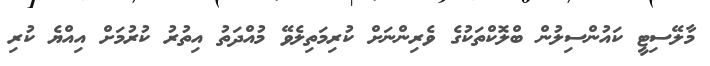
މާލޭސިޓީ ކައުންސިލުން ބްލޮކްތަކުގެ ވެރިންނަށް ކުރިމަތިލެވޭ މުއްދަތު އިތުރު ކުރުމަށް އިއްޔެ ކުރި